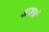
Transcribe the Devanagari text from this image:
अजस्रं